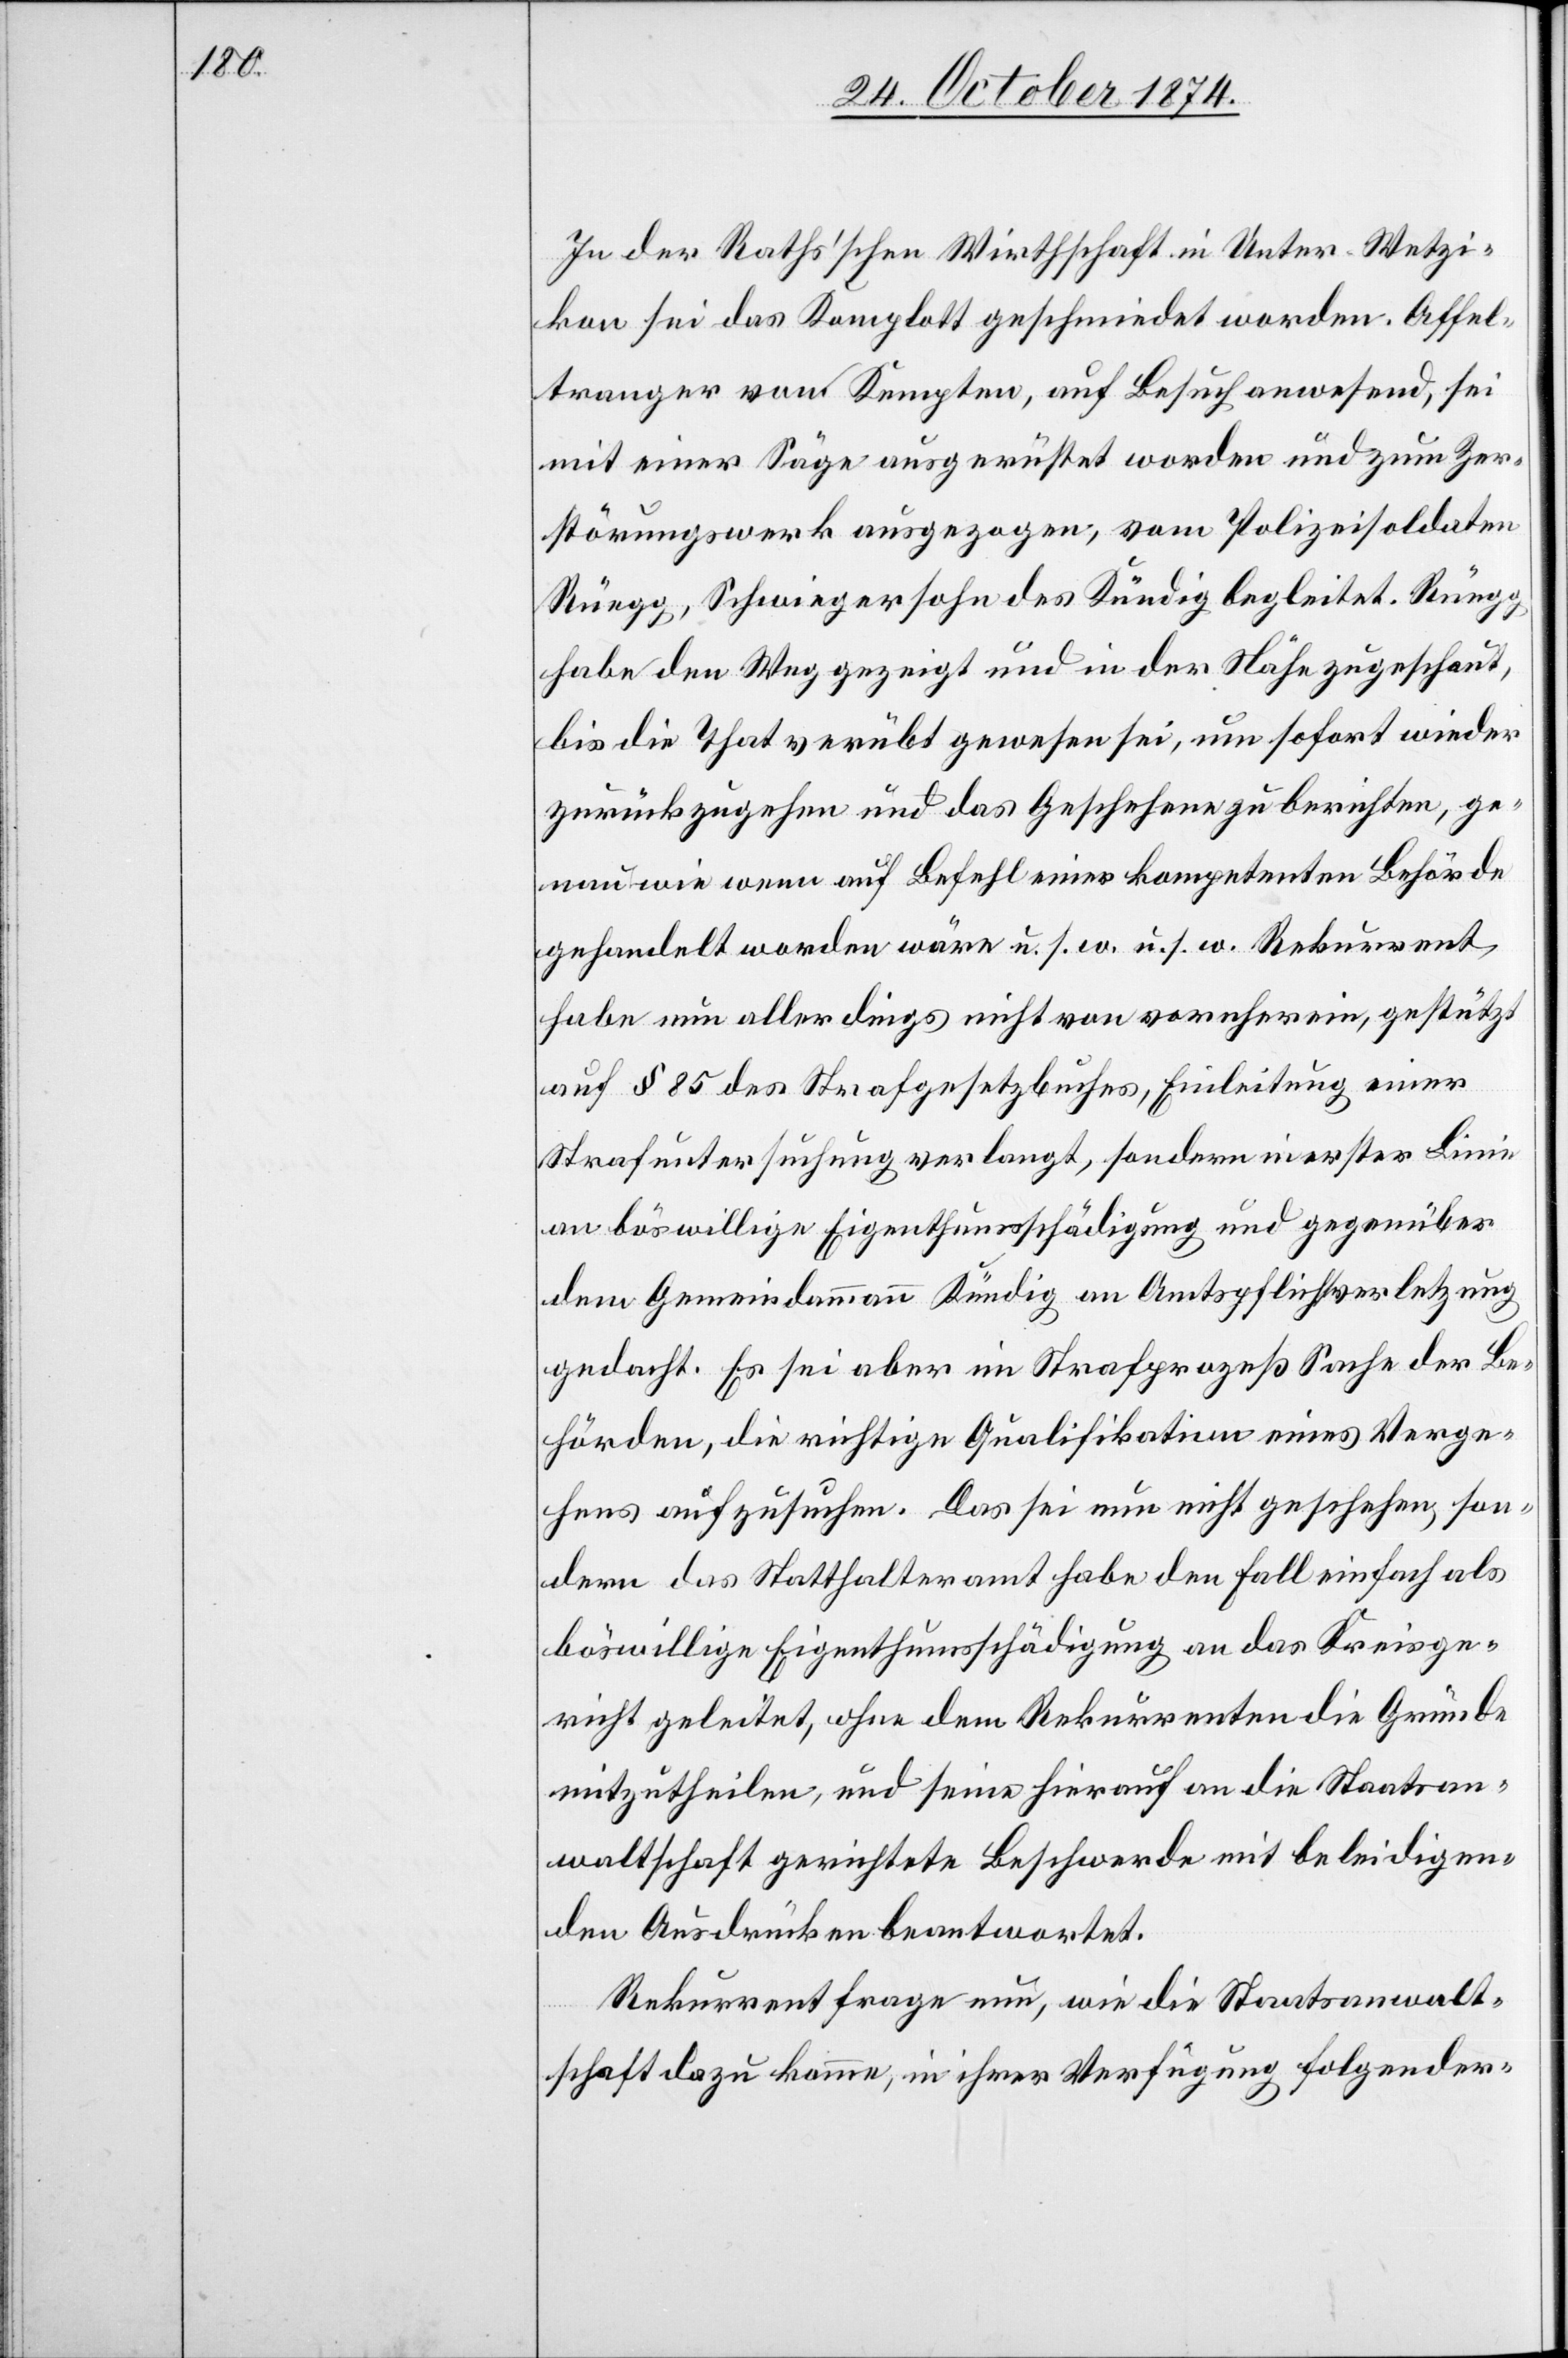
In der Raths’schen Wirthschaft in Unter-Wetzi¬
kon sei das Komplott geschmiedet worden. Affel¬
tranger von Kempten, auf Besuch anwesend, sei
mit einer Säge ausgerüstet worden und zum Zer¬
störungswerk ausgezogen, vom Polizeisoldaten
Rüegg, Schwiegersohn des Kündig begleitet. Rüegg
habe den Weg gezeigt und in der Nähe zugeschaut,
bis die That verübt gewesen sei, um sofort wieder
zurückzugehen und das Geschehene zu berichten, ge¬
nau wie wenn auf Befehl einer kompetenten Behörde
gehandelt worden wäre u. s. w. u. s. w. [sic!] Rekurrent
habe nun allerdings nicht von vornherein, gestützt
auf § 85 des Strafgesetzbuches, Einleitung einer
Strafuntersuchung verlangt, sondern in erster Linie
an böswillige Eigenthumsschädigung und gegenüber
dem Gemeindammann Kündig an Amtspflichtverletzung
gedacht. Es sei aber im Strafprozeß Sache der Be¬
hörden, die richtige Qualifikation eines Verge¬
hens aufzusuchen. Das sei nun nicht geschehen, son¬
dern das Statthalteramt habe den Fall einfach als
böswillige Eigenthumsschädigung an das Kreisge¬
richt geleitet, ohne dem Rekurrenten die Gründe
mitzutheilen, und seine hierauf an die Staatsan¬
waltschaft gerichtete Beschwerde mit beleidigen¬
den Ausdrücken beantwortet.
Rekurrent frage nun, wie die Staatsanwalt¬
schaft dazu komme, in ihrer Verfügung folgender-